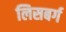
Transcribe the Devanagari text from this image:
लिसबर्ग